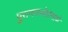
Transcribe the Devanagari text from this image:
पुराणकथेप्रामाणे